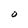
Character: O